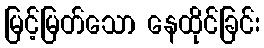
မြင့်မြတ်သော နေထိုင်ခြင်း